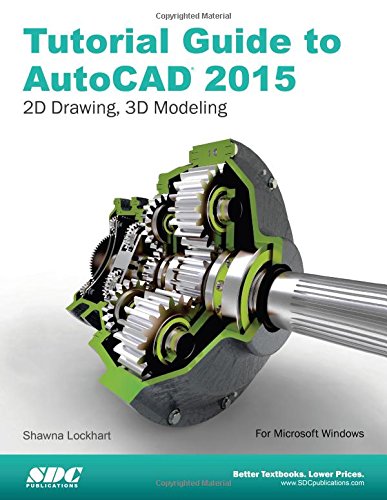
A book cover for Tutorial Guide to AutoCAD 2015: 2D Drawing, 3D Modeling; Shawna Lockhart; Computers & Technology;